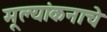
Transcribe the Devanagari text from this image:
मूल्यांकनाचे